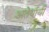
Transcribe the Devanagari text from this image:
अतेर्यायी